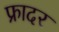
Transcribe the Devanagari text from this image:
फ्रादर